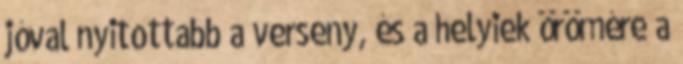
jóval nyitottabb a verseny, és a helyiek örömére a